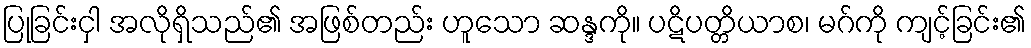
ပြုခြင်းငှါ အလိုရှိသည်၏ အဖြစ်တည်း ဟူသော ဆန္ဒကို။ ပဋိပတ္တိယာစ၊ မဂ်ကို ကျင့်ခြင်း၏